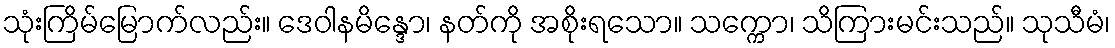
သုံးကြိမ်မြောက်လည်း။ ဒေဝါနမိန္ဒော၊ နတ်ကို အစိုးရသော။ သက္ကော၊ သိကြားမင်းသည်။ သုသီမံ၊